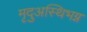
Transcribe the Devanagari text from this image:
मृदुअस्थिभग्न